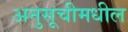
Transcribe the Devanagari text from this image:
अनुसूचीमधील